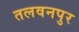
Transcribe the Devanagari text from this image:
तलवनपुर